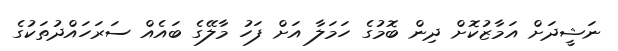
ނަޝީދަށް އަމާޒުކޮށް ދިން ބޮމުގެ ހަމަލާ އަށް ފަހު މާލޭގެ ބައެއް ސަރަހައްދުތަކުގެ